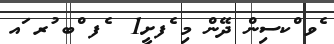
ެވ ްކސިން ދޭން މި ެފށީ1  ެފ ްބ ުރ ައ